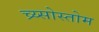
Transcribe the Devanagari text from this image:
च्र्य्सोस्तोम